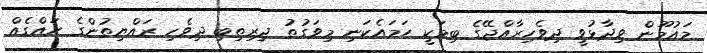
މައުމޫން ވިދާޅުވީ ދިވެހިރާއްޖޭގެ ބިމަކީ ހަމައެކަނި މިވަގުތު ދިރިތިބި ދިވެހި ރައްޔިތުންގެ ހައްގެއް